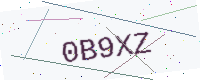
Text: 0B9XZ